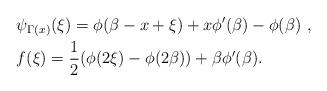
LaTeX: \begin{align*}&\psi_{\Gamma(x)}(\xi)=\phi(\beta-x+\xi)+x\phi'(\beta)-\phi(\beta)\ ,\\&f(\xi)=\frac{1}{2}(\phi(2\xi)-\phi(2\beta))+\beta\phi'(\beta).\end{align*}